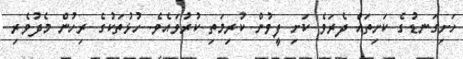
ހަށިގަނޑުގެ ކަށިތައް ދެރަވެ ކަށި ފީވުން ކުރިމަތި ކުރުވައެވެ. ހުޅުތަކުގެ ރިހުން މެދުވެރި